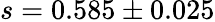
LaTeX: s=0.585\pm 0.025